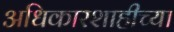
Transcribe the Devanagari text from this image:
अधिकारशाहीच्या